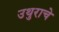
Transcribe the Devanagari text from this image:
उथुराचे